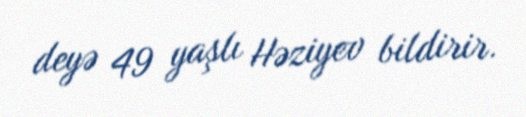
deyə 49 yaşlı Həziyev bildirir.